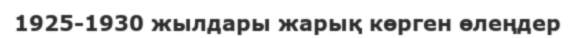
1925-1930 жылдары жарық көрген өлеңдер